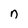
Character: n